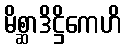
မိစ္ဆာဒိဋ္ဌိကေဟိ